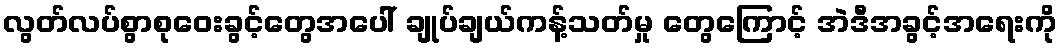
လွတ်လပ်စွာစုဝေးခွင့်တွေအပေါ် ချုပ်ချယ်ကန့်သတ်မှု တွေကြောင့် အဲဒီအခွင့်အရေးကို